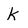
Character: k